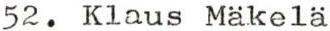
52. Klaus Mäkelä